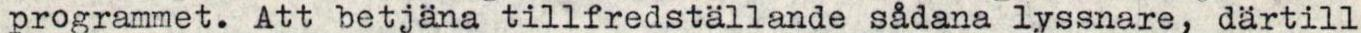
programmet. Att betjäna tillfredställande sådana lyssnare, därtill